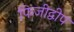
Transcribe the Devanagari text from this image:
फिजीद्वीप